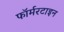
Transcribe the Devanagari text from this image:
फॉर्मरटाइन